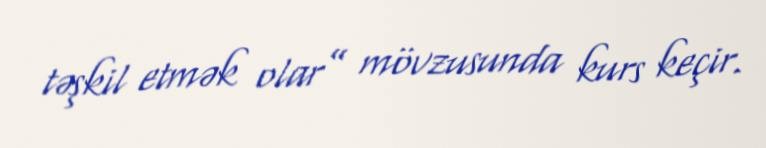
təşkil etmək olar” mövzusunda kurs keçir.